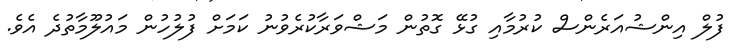
ފުލް އިންޝުއަރެންސް ކުރުމާއި ގުޅޭ ގޮތުން މަޝްވަރާކުރެވުނު ކަމަށް ފުލުހުން މައުލޫމާތުދެ އެވެ.